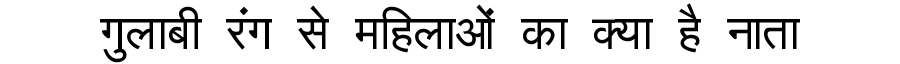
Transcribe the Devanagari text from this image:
गुलाबी रंग से महिलाओं का क्या है नाता